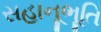
સહાનૂભૂતિ